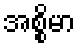
အစ္စိမာ